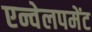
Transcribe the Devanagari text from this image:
एन्वेलपमेंट